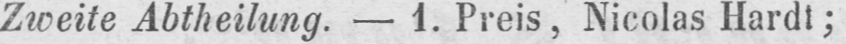
Zweite Abtheilung. - 1. Preis, Nicolas Hardt;